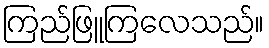
ကြည်ဖြူကြလေသည်။